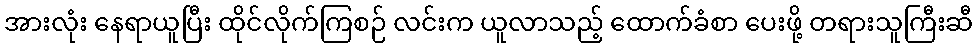
အားလုံး နေရာယူပြီး ထိုင်လိုက်ကြစဉ် လင်းက ယူလာသည့် ထောက်ခံစာ ပေးဖို့ တရားသူကြီးဆီ